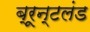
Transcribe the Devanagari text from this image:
ब्रून्टलंड